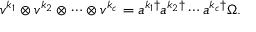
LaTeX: v ^ { k _ { 1 } } \otimes v ^ { k _ { 2 } } \otimes \cdots \otimes v ^ { k _ { c } } = a ^ { k _ { 1 } \dagger } a ^ { k _ { 2 } \dagger } \cdots a ^ { k _ { c } \dagger } \Omega .